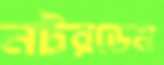
নটরডেম